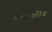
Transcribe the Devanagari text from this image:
नाट्कीय